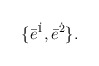
\begin{align*}\{\bar{e}^{\dot{1}}, \bar{e}^{\dot{2}}\}.\end{align*}